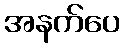
အနက်ပေ